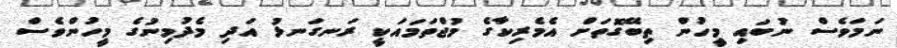
ނަމަވެސް ނުބައި މީހުން ތިބޭގޮތަށް އެމެރިކާގެ މުޖްތަމައަކީ ރަނގަނޅު އަދި މެދުމިނުގެ މީހުންވެސް